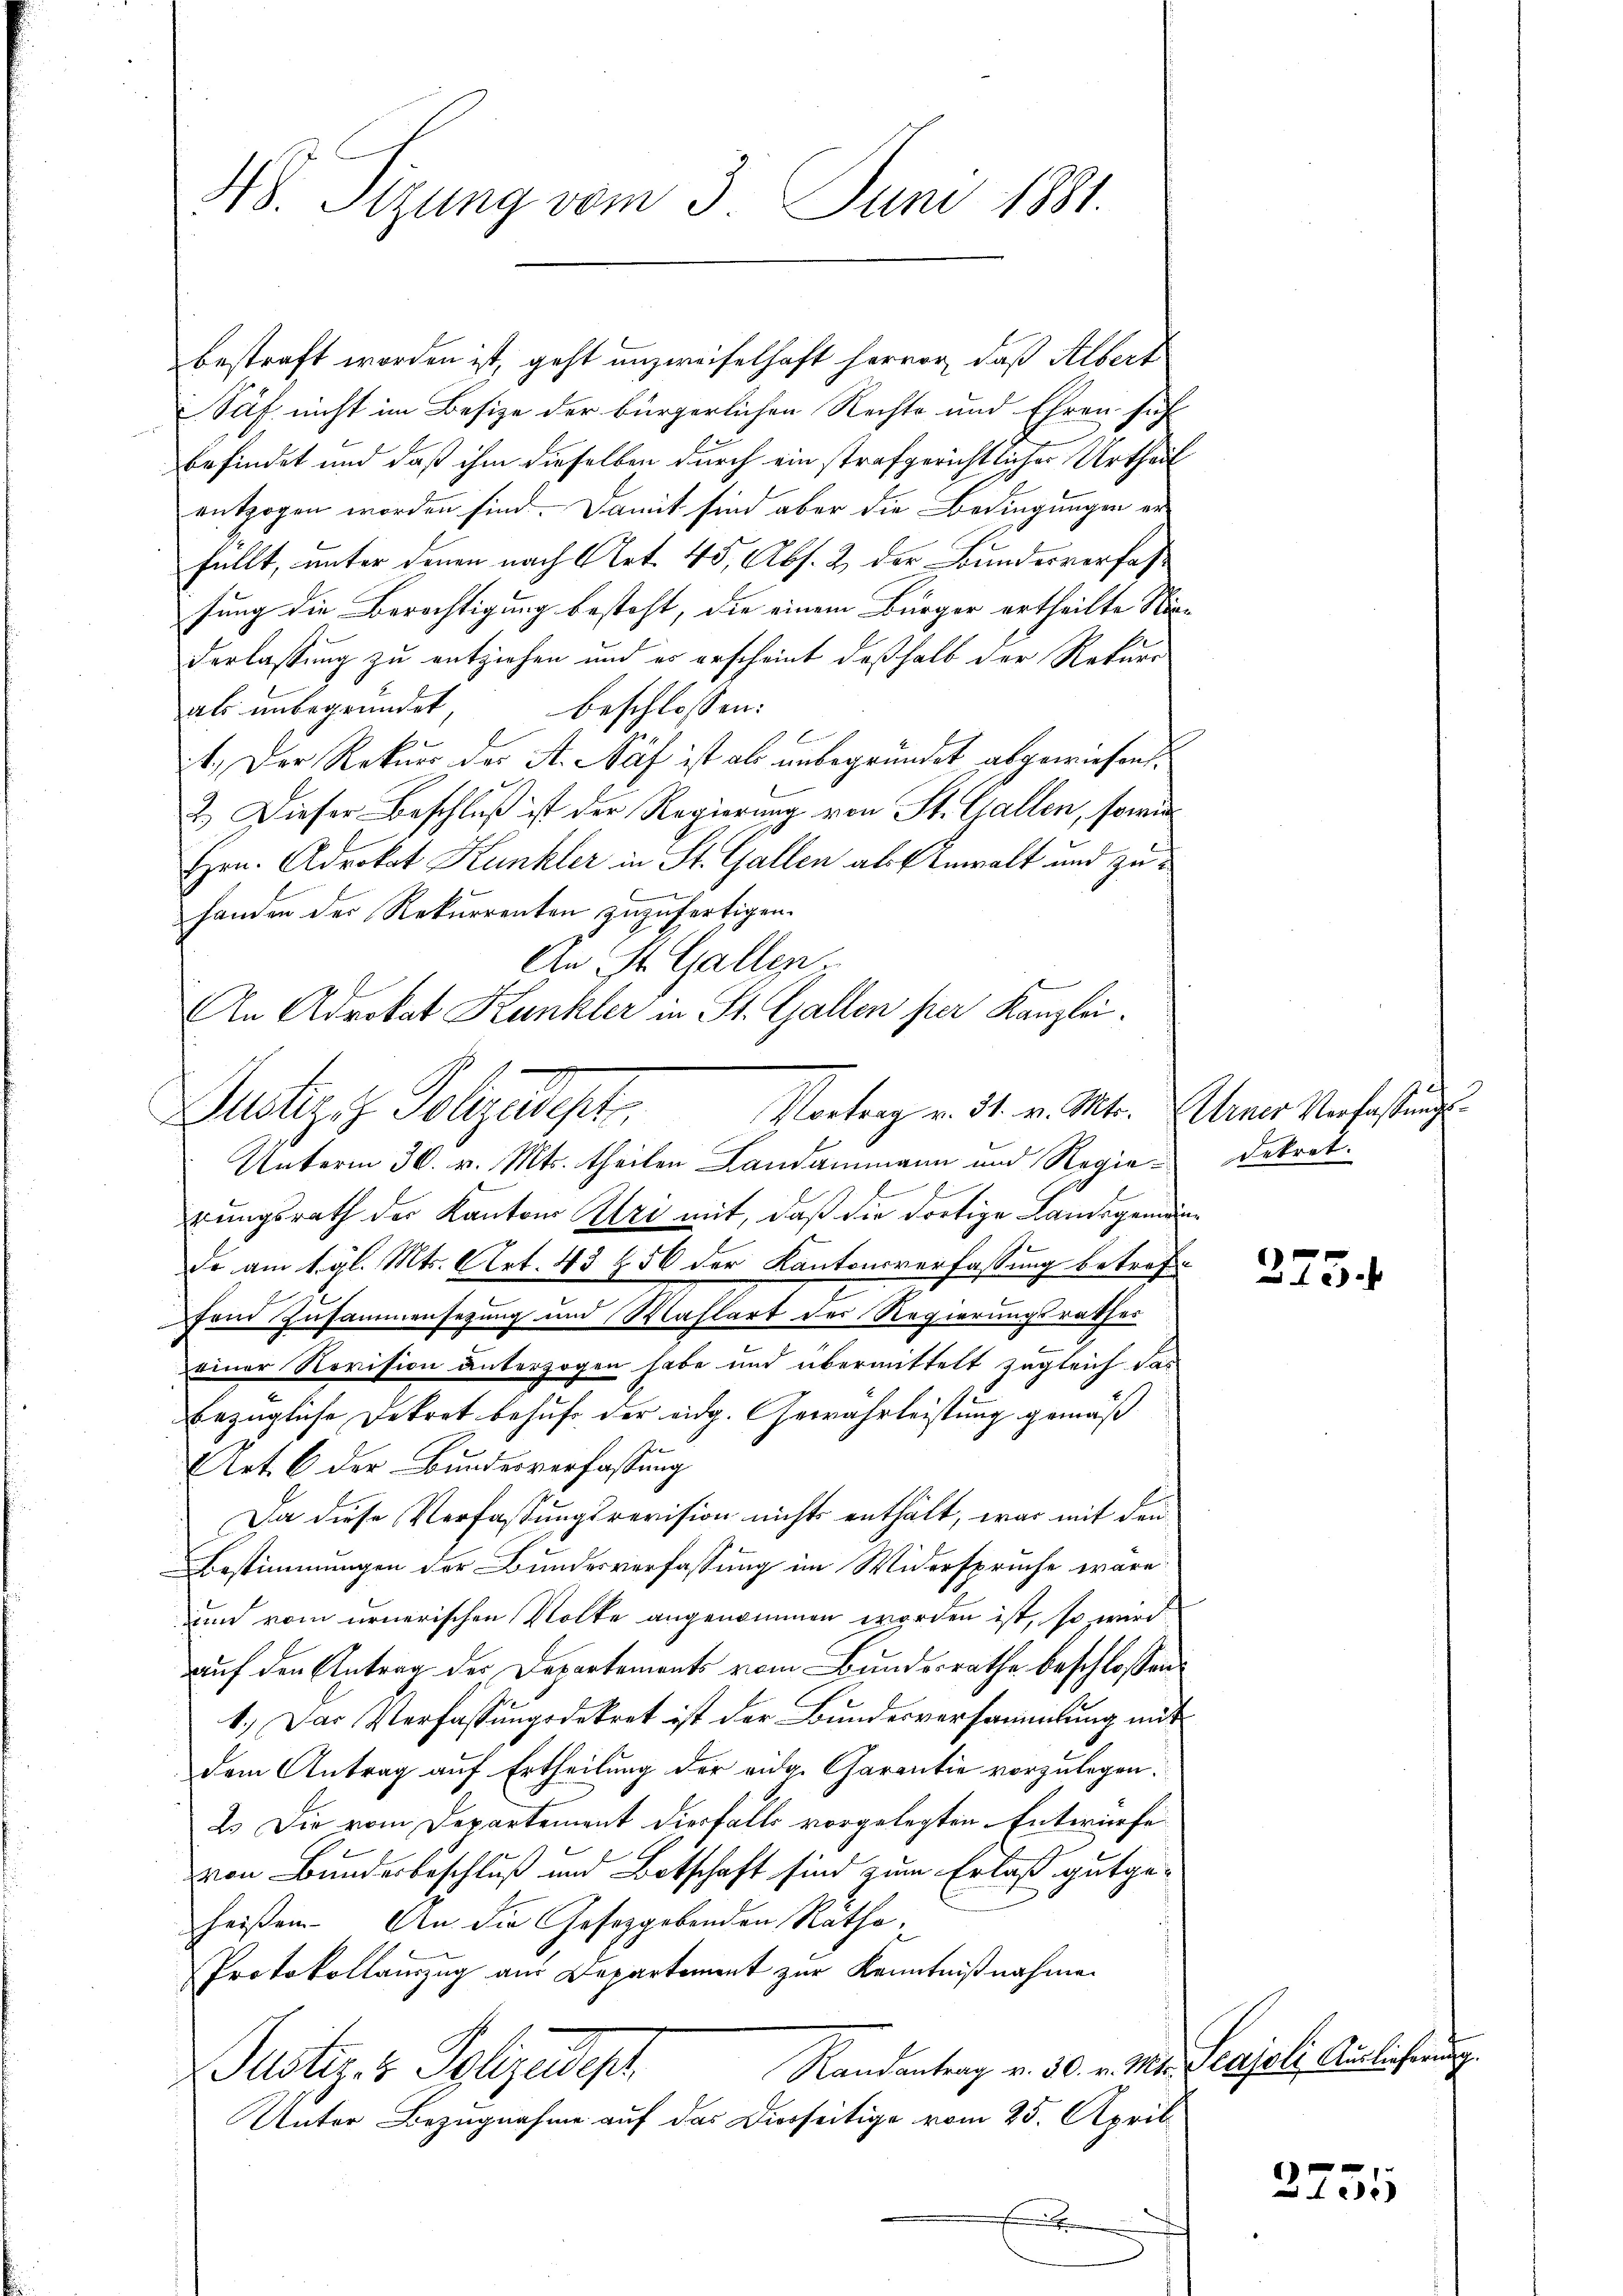
48. Sizung vom 3. Juni 1881

bestraft worden ist, geht unzweifelhaft hervor, daß Albert
Säf nicht im Besize der bürgerlichen Rechte und Ehren sicht
befindet und daß ihm dieselben durch ein strafgerichtlicher Urtheil
entzogen worden sind. Damit sind aber die Bedingungen erfüllt, unter denen nach Art. 45, Abs. 2 der Bundesverfassung die Berichtigung besteht, die einem Bürger ertheilte Niederlassung zu entziehen und es erscheint deßhalb der Rekurs
als unbegründet beschlossen:
1.) Der Rekurs der A. Näf ist ab unbegründet abgewiesent.
2.) Dieser Beschluß ist der Regierung von St. Gallen, sowie
Hrn. Advokat Kunkler in St. Gallen als Anwalt und zuhanden der Rekurrenten zuzufertigen.
An St. Gallen.
An Adrokat Kunkler in St. Gallen per Kanzlei.

Vortrag v. 31. v. Mts. Ebener Verfaßungs¬
Justiziz Polizeipt

Unterm 30. v. Mts. theilen Landammann und Regierungsrath der Kantons Uri mit, daß die dortige Landsgemän¬
7
de am 1. gl. Mts. Art. 43 f 56 der Kantonsverfassung betreffe
fend Zusammensetzung und Mahlart der Regierungsrathes
einer Revision unterzogen habe und übermittelt zugleich das
bezügliche Dekret behufe der eidg. Gewährleistung gemäß
Art. 6 der Bundesverfassung
Da diese Verfassungsrevision nichts enthält, war mit den
Bestimmungen der Bundesverfassung im Widersprüche wäre
dnn vom ernerischen Volke angenommen worden ist, so wird
auf den Antrag der Departements vom Bundesrathe beschlossen:
1.) Das Verfassungsdekret ist der Bundesversammlung mit
dem Antrag auf Ertheilung der eidg. Carantie vorzulegen.
2.) Die vom Departement diesfalls vorgelegten Entwürfe
von Bundesbeschluß und Botschaft sind zum Erlaß gutge-
heißen. An die Gesetzgebenden Ratha,
Protokollauszug aus Departement zur Kenntnißnahme
Randantrag v. 30. v. Mts. Seajoli Auslicherung
Justiz- & Polizeip
Unter Bezugnahme auf das Dierseitige vom 25. April
¬
.

dekret.

275.

2735